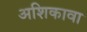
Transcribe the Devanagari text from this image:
अशिकावा